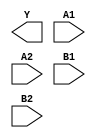
/**
 * Copyright 2020 The SkyWater PDK Authors
 *
 * Licensed under the Apache License, Version 2.0 (the "License");
 * you may not use this file except in compliance with the License.
 * You may obtain a copy of the License at
 *
 *     https://www.apache.org/licenses/LICENSE-2.0
 *
 * Unless required by applicable law or agreed to in writing, software
 * distributed under the License is distributed on an "AS IS" BASIS,
 * WITHOUT WARRANTIES OR CONDITIONS OF ANY KIND, either express or implied.
 * See the License for the specific language governing permissions and
 * limitations under the License.
 *
 * SPDX-License-Identifier: Apache-2.0
 */

`ifndef SKY130_FD_SC_HD__O22AI_BLACKBOX_V
`define SKY130_FD_SC_HD__O22AI_BLACKBOX_V

/**
 * o22ai: 2-input OR into both inputs of 2-input NAND.
 *
 *        Y = !((A1 | A2) & (B1 | B2))
 *
 * Verilog stub definition (black box without power pins).
 *
 * WARNING: This file is autogenerated, do not modify directly!
 */

`timescale 1ns / 1ps
`default_nettype none

(* blackbox *)
module sky130_fd_sc_hd__o22ai (
    Y ,
    A1,
    A2,
    B1,
    B2
);

    output Y ;
    input  A1;
    input  A2;
    input  B1;
    input  B2;

    // Voltage supply signals
    supply1 VPWR;
    supply0 VGND;
    supply1 VPB ;
    supply0 VNB ;

endmodule

`default_nettype wire
`endif  // SKY130_FD_SC_HD__O22AI_BLACKBOX_V